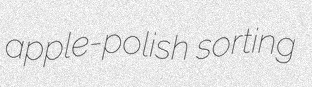
apple-polish sorting